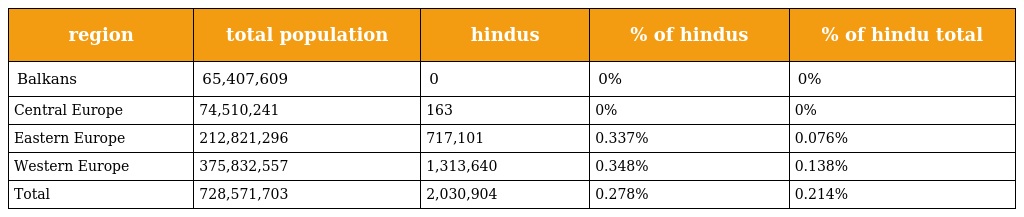
| region | total population | hindus | % of hindus | % of hindu total |
 | --- | --- | --- | --- | --- |
 | Balkans | 65,407,609 | 0 | 0% | 0% |
 | Central Europe | 74,510,241 | 163 | 0% | 0% |
 | Eastern Europe | 212,821,296 | 717,101 | 0.337% | 0.076% |
 | Western Europe | 375,832,557 | 1,313,640 | 0.348% | 0.138% |
 | Total | 728,571,703 | 2,030,904 | 0.278% | 0.214% |